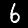
Digit: 6